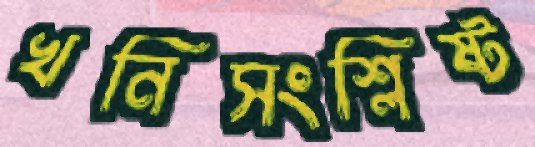
খনিসংশ্লিষ্ট